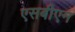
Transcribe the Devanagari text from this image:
एसबीएन